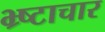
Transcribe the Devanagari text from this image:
भ्र्ष्टाचार